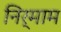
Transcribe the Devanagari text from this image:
निर्माम